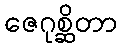
ဇေဂုစ္ဆိတာ